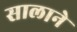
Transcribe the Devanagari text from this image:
सालाने